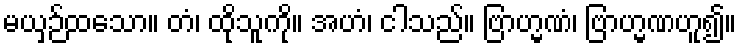
မယှဉ်ထသော။ တံ၊ ထိုသူကို။ အဟံ၊ ငါသည်။ ဗြာဟ္မဏံ၊ ဗြာဟ္မဏဟူ၍။